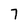
Character: 7